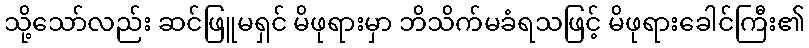
သို့သော်လည်း ဆင်ဖြူမရှင် မိဖုရားမှာ ဘိသိက်မခံရသဖြင့် မိဖုရားခေါင်ကြီး၏